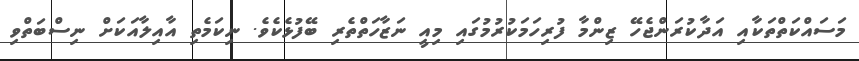
މަސައްކަތްތަކާއި އަދާކުރަންޖެހޭ ޒިންމާ ފުރިހަމަކުރުމުގައި މިއީ ނަޒާހަތްތެރި ބޭފުޅެކެވެ. ނިކަމެތި އާއިލާއަކަށް ނިސްބަތްވި